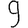
Digit: 9